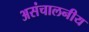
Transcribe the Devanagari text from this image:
असंचालनीय